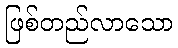
ဖြစ်တည်လာသော